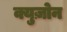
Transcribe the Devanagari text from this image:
क्युज़ोन